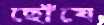
ছোঁযে